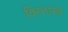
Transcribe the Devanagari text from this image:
विस्तारचे